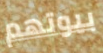
بيوتهم